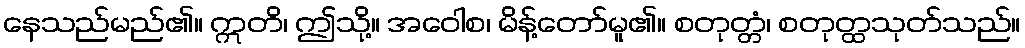
နေသည်မည်၏။ ဣတိ၊ ဤသို့။ အဝေါစ၊ မိန့်တော်မူ၏။ စတုတ္တံ၊ စတုတ္ထသုတ်သည်။